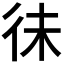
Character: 𢓛